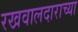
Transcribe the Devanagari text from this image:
रखवालदाराच्या